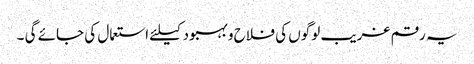
یہ رقم غریب لوگوں کی فلاح و بہبود کیلئے استعمال کی جائے گی ۔